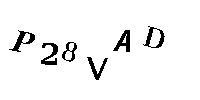
P28VAD